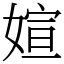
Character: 媗